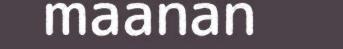
maanan